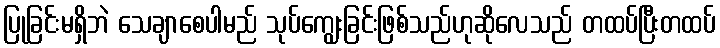
ပြုခြင်းမရှိဘဲ သေချာစေပါမည် သုပ်ကျွေးခြင်းဖြစ်သည်ဟုဆိုလေသည် တထပ်ပြီးတထပ်